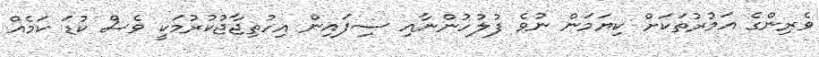
ވެރިންގެ އަމުރުތަކަށް ކިޔަމަން ނުވެ ފުލުހުންނާއި ސިފައިން އިހުތިޖާޖުކުރުމަކީ ވެސް ކުޑަ ކަމެއް